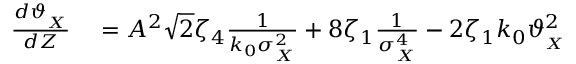
\begin{array} { r l } { \frac { d \vartheta _ { _ { X } } } { d Z } } & { { } = A ^ { 2 } \sqrt { 2 } \zeta _ { 4 } \frac { 1 } { k _ { 0 } \sigma _ { _ X } ^ { 2 } } + 8 \zeta _ { 1 } \frac { 1 } { \sigma _ { _ X } ^ { 4 } } - 2 \zeta _ { 1 } k _ { 0 } \vartheta _ { _ { X } } ^ { 2 } } \end{array}